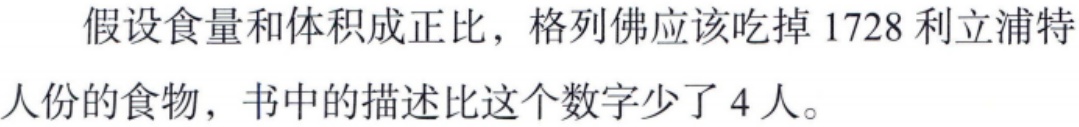
假设食量和体积成正比，格列佛应该吃掉 1728 利立浦特人份的食物，书中的描述比这个数字少了 4 人。